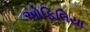
ઓફિલિયા